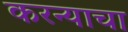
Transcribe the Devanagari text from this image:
करन्याचा